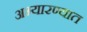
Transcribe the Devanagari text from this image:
अभ्यारण्यात